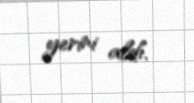
yerini aldı.